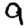
Digit: 9